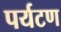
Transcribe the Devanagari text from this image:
पर्यटण